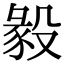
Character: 𣪴